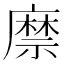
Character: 𢋎